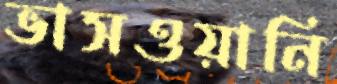
ভাসওয়ানি